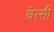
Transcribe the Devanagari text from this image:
बेल्सी